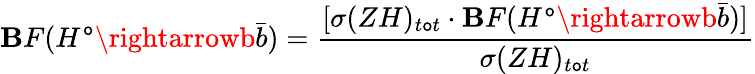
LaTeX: \mathbf{B}F(H^{\mathtt{o}}\rightarrowb\bar{{b}})=\frac{{[\sigma(ZH)_{t\mathtt{o}t}\cdot\mathbf{B}F(H^{\mathtt{o}}\rightarrowb\bar{{b}})]}}{{\sigma(ZH)_{t\mathtt{o}t}}}